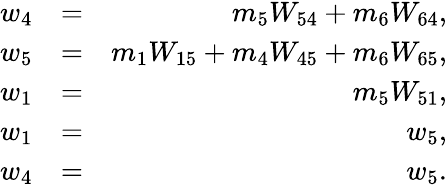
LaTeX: \begin{array}{rlr}{w_{4}}&{=}&{m_{5}W_{54}+m_{6}W_{64},}\\ {w_{5}}&{=}&{m_{1}W_{15}+m_{4}W_{45}+m_{6}W_{65},}\\ {w_{1}}&{=}&{m_{5}W_{51},}\\ {w_{1}}&{=}&{w_{5},}\\ {w_{4}}&{=}&{w_{5}.}\end{array}